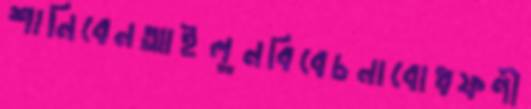
শানিবেনআইলুনবিবেচনাবোধফণী